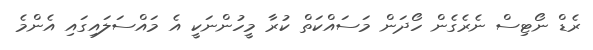
ރެޑް ނޯޓިސް ނެރެގެން ހޯދަން މަސައްކަތް ކުރާ މީހުންނަކީ އެ މައްސަލައިގައި އެންމެ